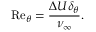
{ \mathrm { R e } _ { \theta } } = \frac { \Delta U \delta _ { \theta } } { \nu _ { \infty } } .